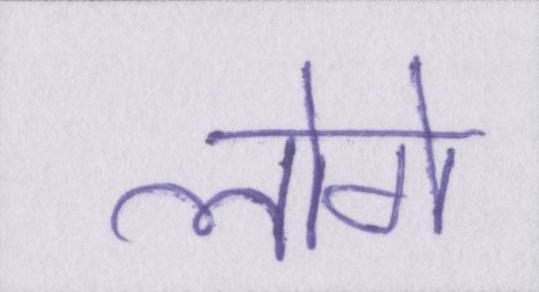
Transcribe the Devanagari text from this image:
लोगे